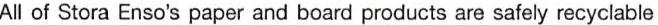
All of Stora Enso's paper and board products are safely recyclable